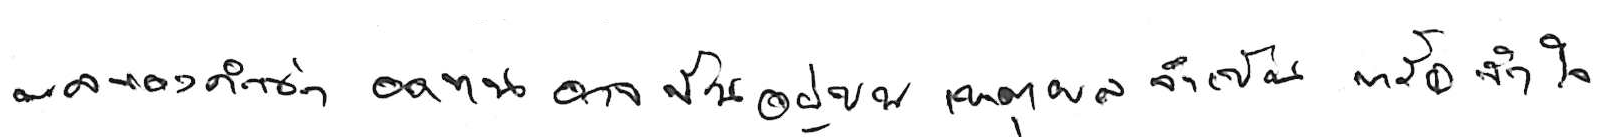
ผลของคำว่า อดทน อาจขึ้นอยู่บนเหตุผลว่า จำเป็น หรือ จำใจ